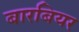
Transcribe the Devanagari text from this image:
बारबियर